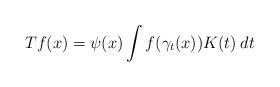
LaTeX: \begin{align*}T f(x)=\psi(x)\int f(\gamma_t(x)) K(t)\: dt\end{align*}